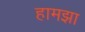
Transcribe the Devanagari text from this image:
हामझा